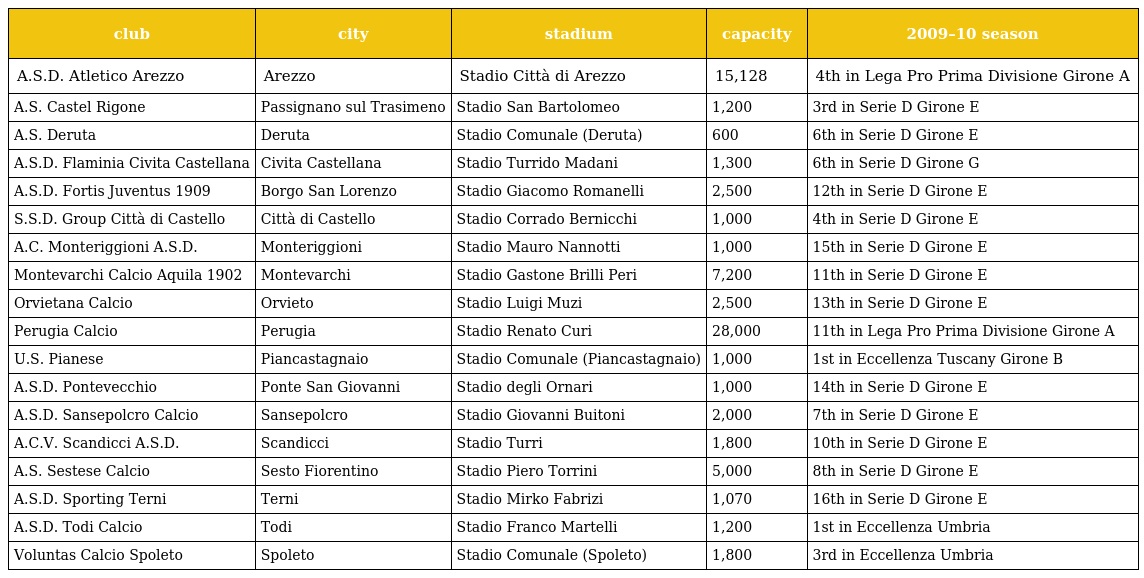
| club | city | stadium | capacity | 2009–10 season |
 | --- | --- | --- | --- | --- |
 | A.S.D. Atletico Arezzo | Arezzo | Stadio Città di Arezzo | 15,128 | 4th in Lega Pro Prima Divisione Girone A |
 | A.S. Castel Rigone | Passignano sul Trasimeno | Stadio San Bartolomeo | 1,200 | 3rd in Serie D Girone E |
 | A.S. Deruta | Deruta | Stadio Comunale (Deruta) | 600 | 6th in Serie D Girone E |
 | A.S.D. Flaminia Civita Castellana | Civita Castellana | Stadio Turrido Madani | 1,300 | 6th in Serie D Girone G |
 | A.S.D. Fortis Juventus 1909 | Borgo San Lorenzo | Stadio Giacomo Romanelli | 2,500 | 12th in Serie D Girone E |
 | S.S.D. Group Città di Castello | Città di Castello | Stadio Corrado Bernicchi | 1,000 | 4th in Serie D Girone E |
 | A.C. Monteriggioni A.S.D. | Monteriggioni | Stadio Mauro Nannotti | 1,000 | 15th in Serie D Girone E |
 | Montevarchi Calcio Aquila 1902 | Montevarchi | Stadio Gastone Brilli Peri | 7,200 | 11th in Serie D Girone E |
 | Orvietana Calcio | Orvieto | Stadio Luigi Muzi | 2,500 | 13th in Serie D Girone E |
 | Perugia Calcio | Perugia | Stadio Renato Curi | 28,000 | 11th in Lega Pro Prima Divisione Girone A |
 | U.S. Pianese | Piancastagnaio | Stadio Comunale (Piancastagnaio) | 1,000 | 1st in Eccellenza Tuscany Girone B |
 | A.S.D. Pontevecchio | Ponte San Giovanni | Stadio degli Ornari | 1,000 | 14th in Serie D Girone E |
 | A.S.D. Sansepolcro Calcio | Sansepolcro | Stadio Giovanni Buitoni | 2,000 | 7th in Serie D Girone E |
 | A.C.V. Scandicci A.S.D. | Scandicci | Stadio Turri | 1,800 | 10th in Serie D Girone E |
 | A.S. Sestese Calcio | Sesto Fiorentino | Stadio Piero Torrini | 5,000 | 8th in Serie D Girone E |
 | A.S.D. Sporting Terni | Terni | Stadio Mirko Fabrizi | 1,070 | 16th in Serie D Girone E |
 | A.S.D. Todi Calcio | Todi | Stadio Franco Martelli | 1,200 | 1st in Eccellenza Umbria |
 | Voluntas Calcio Spoleto | Spoleto | Stadio Comunale (Spoleto) | 1,800 | 3rd in Eccellenza Umbria |